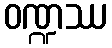
ဝဏ္ဍဿ